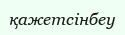
қажетсінбеу